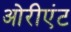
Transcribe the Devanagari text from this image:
ओरीएंट